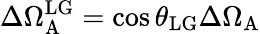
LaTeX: \Delta\Omega_{\mathrm{A}}^{\mathrm{LG}}=\cos{\theta_{\mathrm{LG}}}\Delta\Omega_{\mathrm{A}}